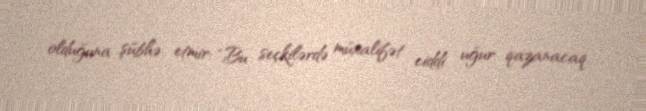
olduğuna şübhə etmir: “Bu seçkilərdə müxalifət ciddi uğur qazanacaq.